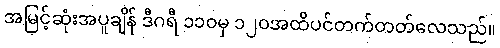
အမြင့်ဆုံးအပူချိန် ဒီဂရီ ၁၁၀မှ ၁၂၀အထိပင်တက်တတ်လေသည်။